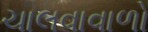
ચાલવાવાળો